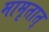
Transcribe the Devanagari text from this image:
मामृतात्‌